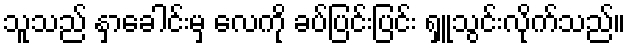
သူသည် နှာခေါင်းမှ လေကို ခပ်ပြင်းပြင်း ရှူသွင်းလိုက်သည်။